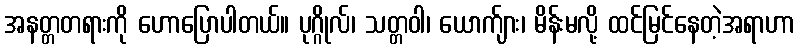
အနတ္တတရားကို ဟောပြောပါတယ်။ ပုဂ္ဂိုလ်၊ သတ္တဝါ၊ ယောက်ျား၊ မိန်းမလို့ ထင်မြင်နေတဲ့အရာဟာ